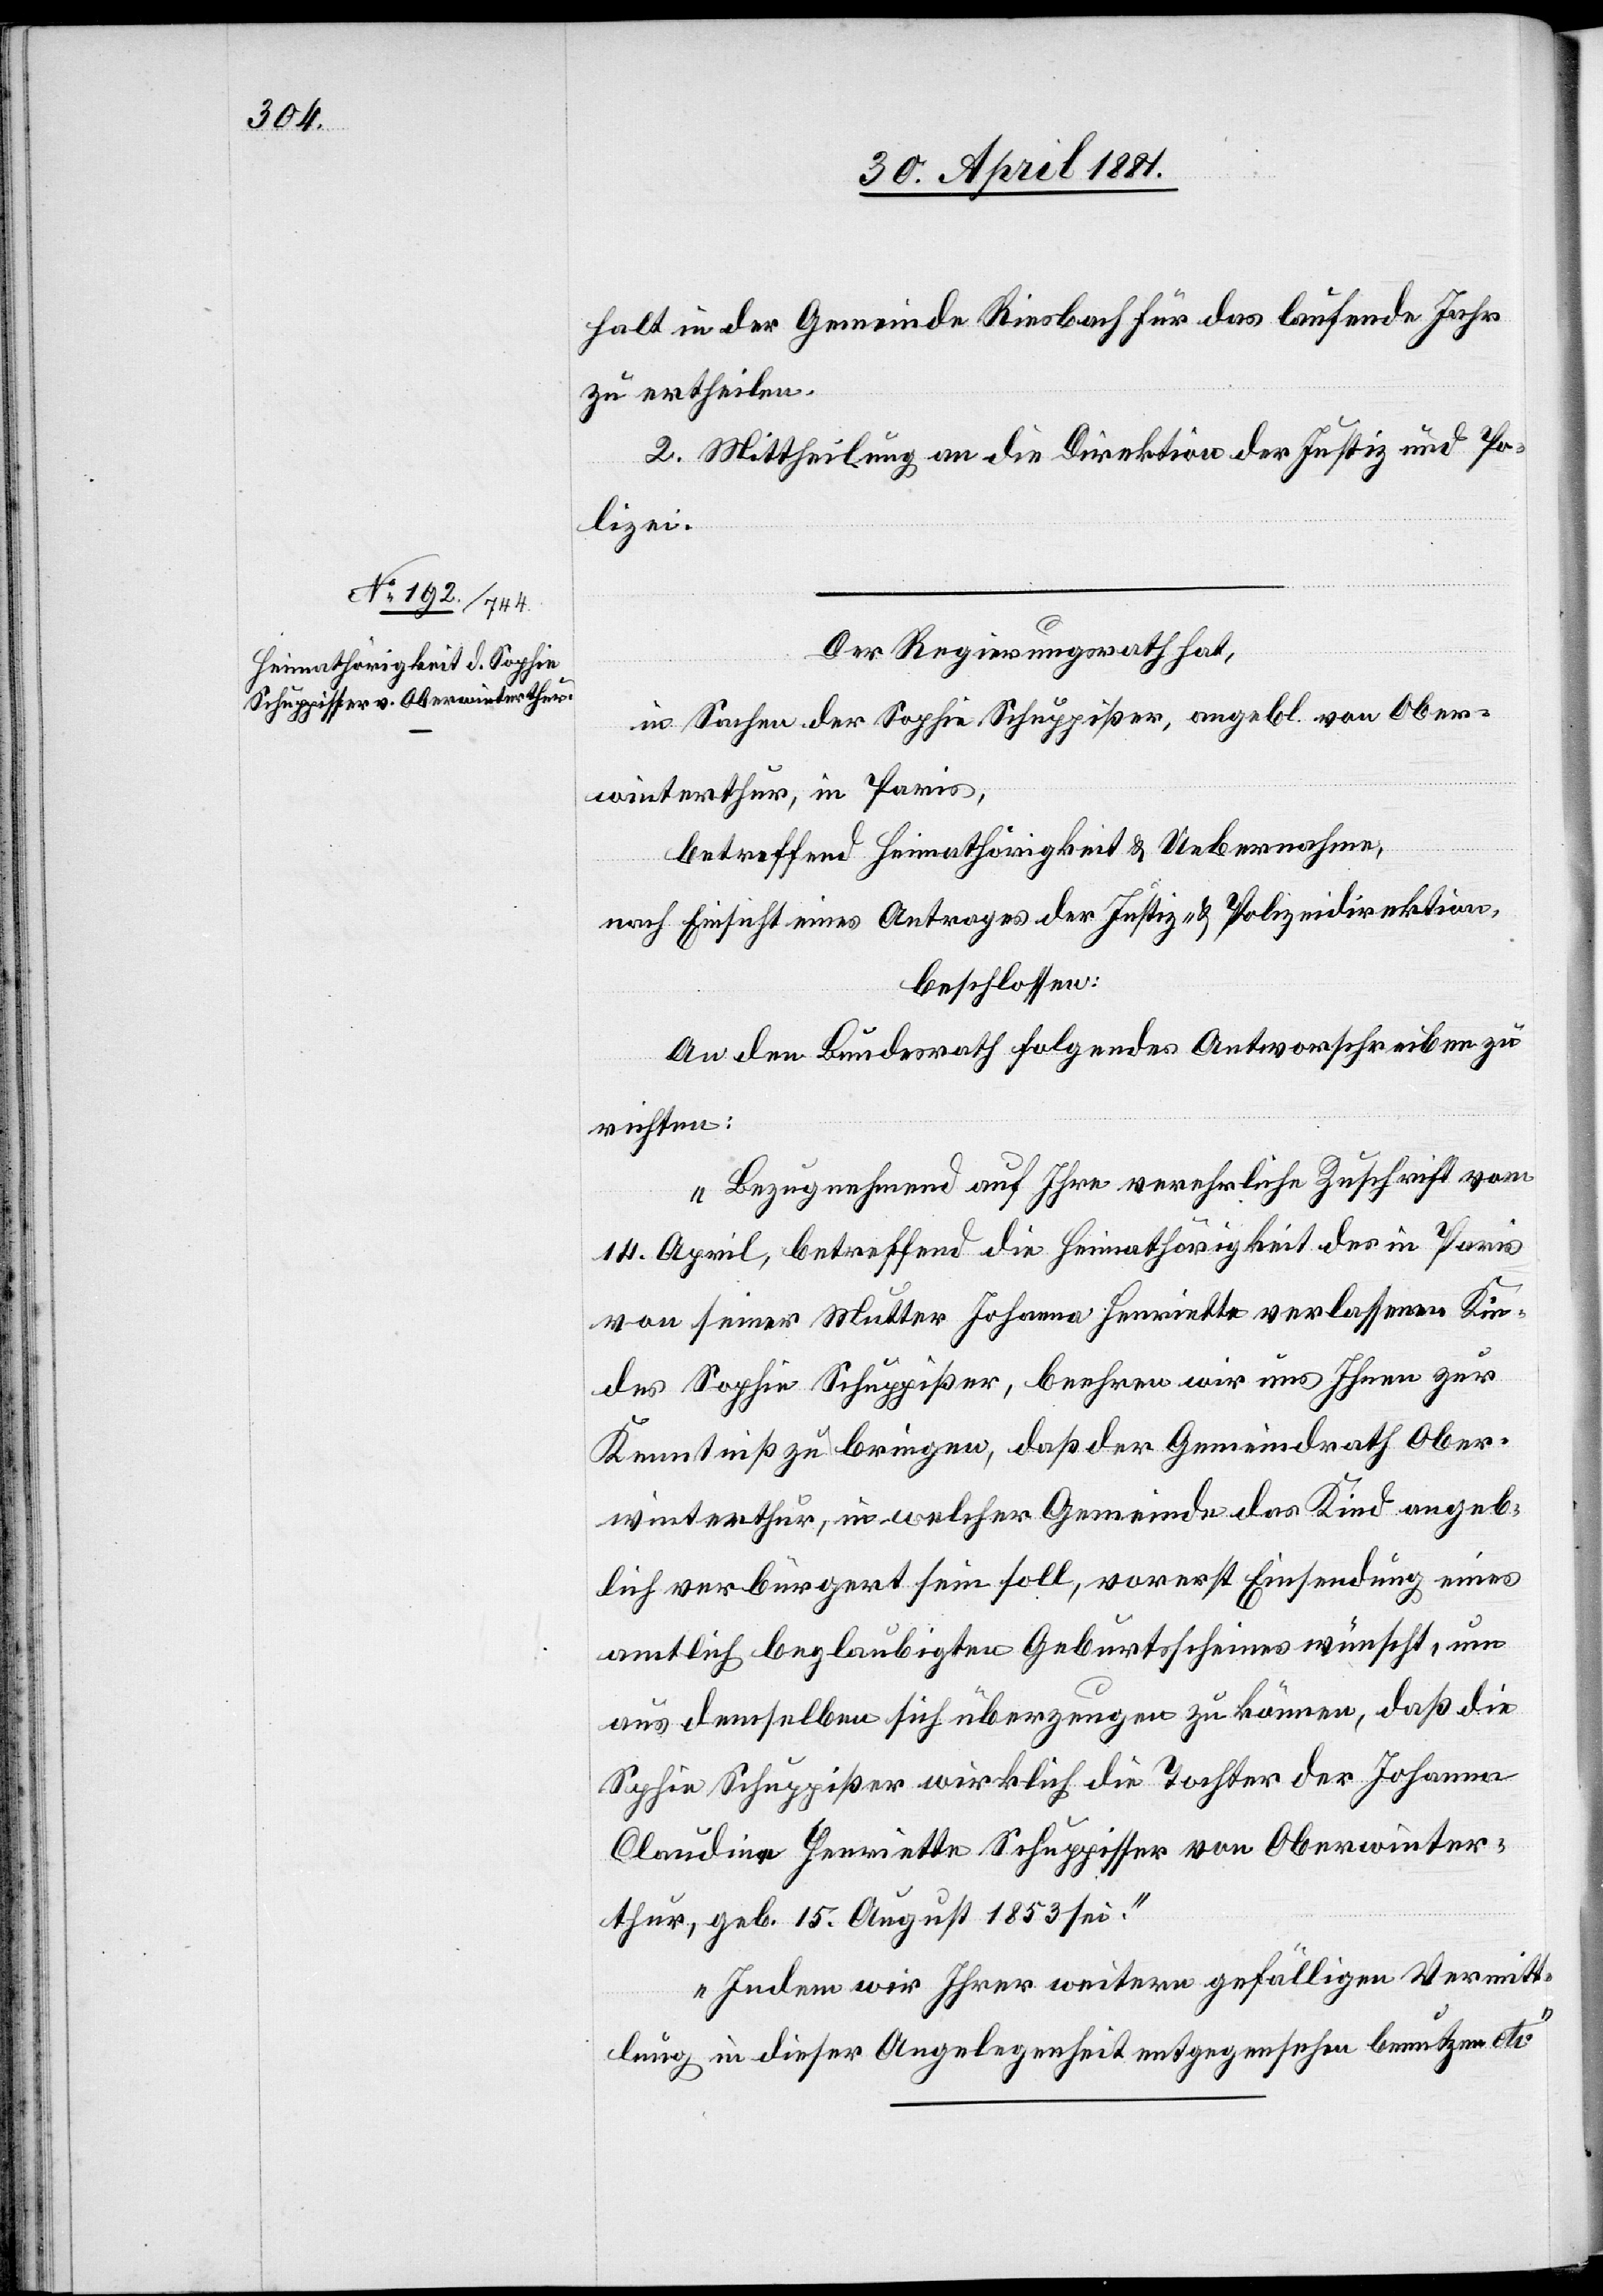
halt in der Gemeinde Riesbach für das laufende Jahr
zu ertheilen.
2. Mittheilung an die Direktion der Justiz und Po¬
lizei.
Der Regierungsrath,
in Sachen der Sophie Schuppißer [sic!], angebl. von Ober¬
winterthur, in Paris,
betreffend Heimathörigkeit & Ueberwachen,
nach Einsicht eines Antrages der Justiz- & Polizeidirektion,
beschloßen:
An den Bundesrath folgendes Antwortschreiben zu
richten:
„Bezugnehmend auf Ihre verehrliche Zuschrift vom
14. April, betreffend die Heimathörigkeit des in Paris
von seiner Mutter Johanna Henriette verlassenen Kin¬
des Sophie Schuppißer, beehren wir uns Ihnen zur
Kenntniß zu bringen, daß der Gemeindrath Ober¬
winterthur, in welcher Gemeinde das Kind angeb¬
lich verbürgert sein soll, vorerst Einsendung eines
amtlich beglaubigten Geburtsscheines wünscht, um
aus demselben sich überzeugen zu können, daß die
Sophie Schuppißer wirklich die Tochter der Johanna
Claudine Henriette Schuppisser von Oberwinter¬
thur, geb. 15. August 1853 sei.
Indem wir Ihrer weitern gefälligen Vermitt¬
lung in dieser Angelegenheit entgegensehen benutzen etc.“